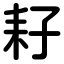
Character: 耔